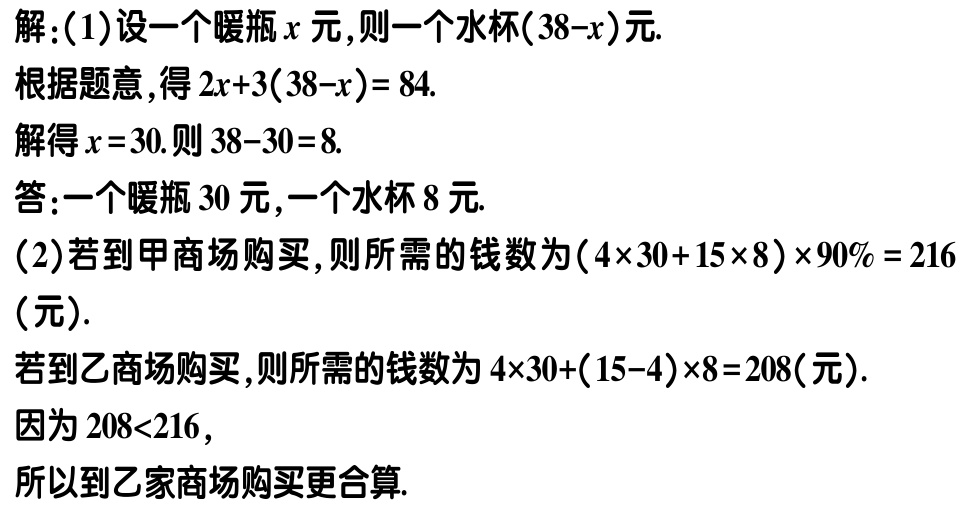
解：(1)设一个暖瓶\(x\)元，则一个水杯\((38 - x)\)元.
根据题意，得\(2x + 3(38 - x) = 84\).
解得\(x = 30\).则\(38 - 30 = 8\).
答：一个暖瓶\(30\)元，一个水杯\(8\)元.
(2)若到甲商场购买，则所需的钱数为\((4\times30 + 15\times8)\times90\% = 216\)（元）.
若到乙商场购买，则所需的钱数为\(4\times30+(15 - 4)\times8 = 208\)（元）.
因为\(208<216\)，
所以到乙家商场购买更合算.